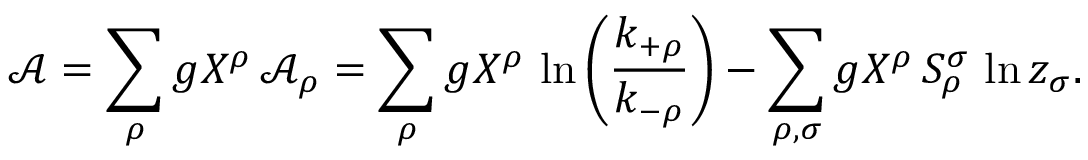
\mathcal { A } = \sum _ { \rho } g _ { \sf } { X } ^ { \rho } \, \mathcal { A } _ { \rho } = \sum _ { \rho } g _ { \sf } { X } ^ { \rho } \, \ln \left( \frac { k _ { + \rho } } { k _ { - \rho } } \right) - \sum _ { \rho , \sigma } g _ { \sf } { X } ^ { \rho } \, S _ { \rho } ^ { \sigma } \, \ln z _ { \sigma } .